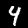
Digit: 4